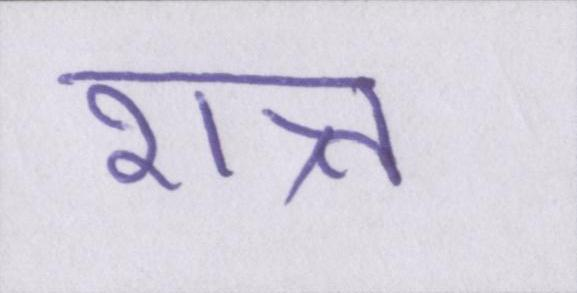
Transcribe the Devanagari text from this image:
शत्र्त